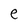
Character: e